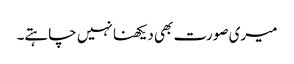
میری صورت بھی دیکھنا نہیں چاہتے۔